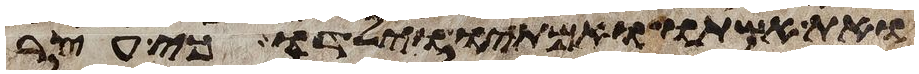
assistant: ואת אשתו ואמתיו וילדו כי עצר